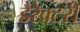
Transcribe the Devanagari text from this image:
डैरेक्टरी